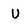
Character: U